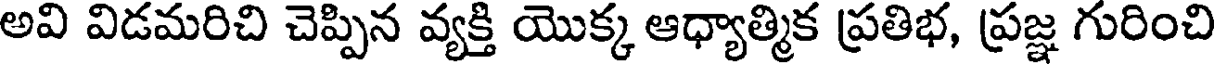
అవి విడమరిచి చెప్పిన వ్యక్తి యొక్క ఆధ్యాత్మిక ప్రతిభ, ప్రజ్ఞ గురించి